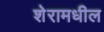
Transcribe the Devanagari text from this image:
शेरामधील